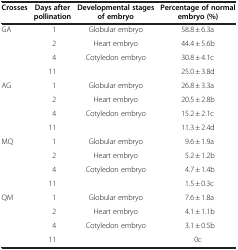
<table><thead><tr><td><b>Crosses</b></td><td><b>Days after pollination</b></td><td><b>Developmental stages of embryo</b></td><td><b>Percentage of normal embryo (%)</b></td></tr></thead><tbody><tr><td>GA</td><td>1</td><td>Globular embryo</td><td>58.8 ± 6.3a</td></tr><tr><td rowspan="3"> </td><td>2</td><td>Heart embryo</td><td>44.4 ± 5.6b</td></tr><tr><td>4</td><td rowspan="2">Cotyledon embryo</td><td>30.8 ± 4.1c</td></tr><tr><td>11</td><td>25.0 ± 3.8d</td></tr><tr><td>AG</td><td>1</td><td>Globular embryo</td><td>26.8 ± 3.3a</td></tr><tr><td rowspan="3"> </td><td>2</td><td>Heart embryo</td><td>20.5 ± 2.8b</td></tr><tr><td>4</td><td rowspan="2">Cotyledon embryo</td><td>15.2 ± 2.1c</td></tr><tr><td>11</td><td>11.3 ± 2.4d</td></tr><tr><td>MQ</td><td>1</td><td>Globular embryo</td><td>9.6 ± 1.9a</td></tr><tr><td rowspan="3"> </td><td>2</td><td>Heart embryo</td><td>5.2 ± 1.2b</td></tr><tr><td>4</td><td rowspan="2">Cotyledon embryo</td><td>4.7 ± 1.4b</td></tr><tr><td>11</td><td>1.5 ± 0.3c</td></tr><tr><td>QM</td><td>1</td><td>Globular embryo</td><td>7.6 ± 1.8a</td></tr><tr><td rowspan="3"> </td><td>2</td><td>Heart embryo</td><td>4.1 ± 1.1b</td></tr><tr><td>4</td><td rowspan="2">Cotyledon embryo</td><td>3.1 ± 0.5b</td></tr><tr><td>11</td><td>0c</td></tr></tbody></table>